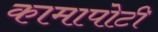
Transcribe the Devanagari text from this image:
कामापोटी